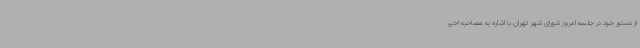
از دستور خود در جلسه امروز شورای شهر تهران با اشاره به مصاحبه اخیر